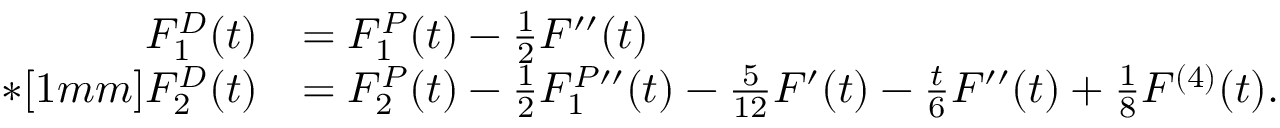
\begin{array} { r l } { F _ { 1 } ^ { D } ( t ) } & { = F _ { 1 } ^ { P } ( t ) - \frac { 1 } { 2 } F ^ { \prime \prime } ( t ) } \\ { * [ 1 m m ] F _ { 2 } ^ { D } ( t ) } & { = F _ { 2 } ^ { P } ( t ) - \frac { 1 } { 2 } F _ { 1 } ^ { P } \! \! \phantom { | } ^ { \prime \prime } ( t ) - \frac { 5 } { 1 2 } F ^ { \prime } ( t ) - \frac { t } { 6 } F ^ { \prime \prime } ( t ) + \frac { 1 } { 8 } F ^ { ( 4 ) } ( t ) . } \end{array}